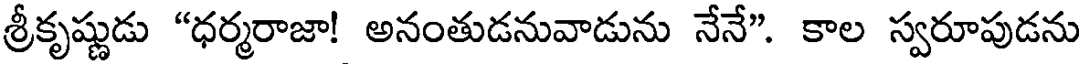
శ్రీకృష్ణుడు "ధర్మరాజా! అనంతుడనువాడును నేనే". కాల స్వరూపుడను